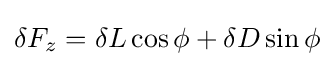
\delta F_{z}=\delta L\cos \phi +\delta D\sin \phi